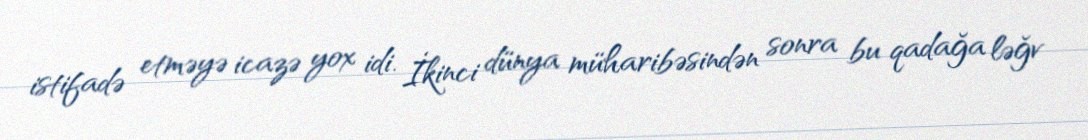
istifadə etməyə icazə yox idi. İkinci dünya müharibəsindən sonra bu qadağa ləğv